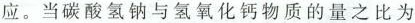
应。当碳酸氢钠与氢氧化钙物质的量之比为